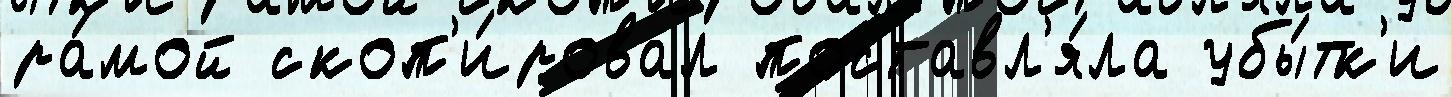
ра́мой скоп'и́ровал поставл'я́ла убы́тк'и